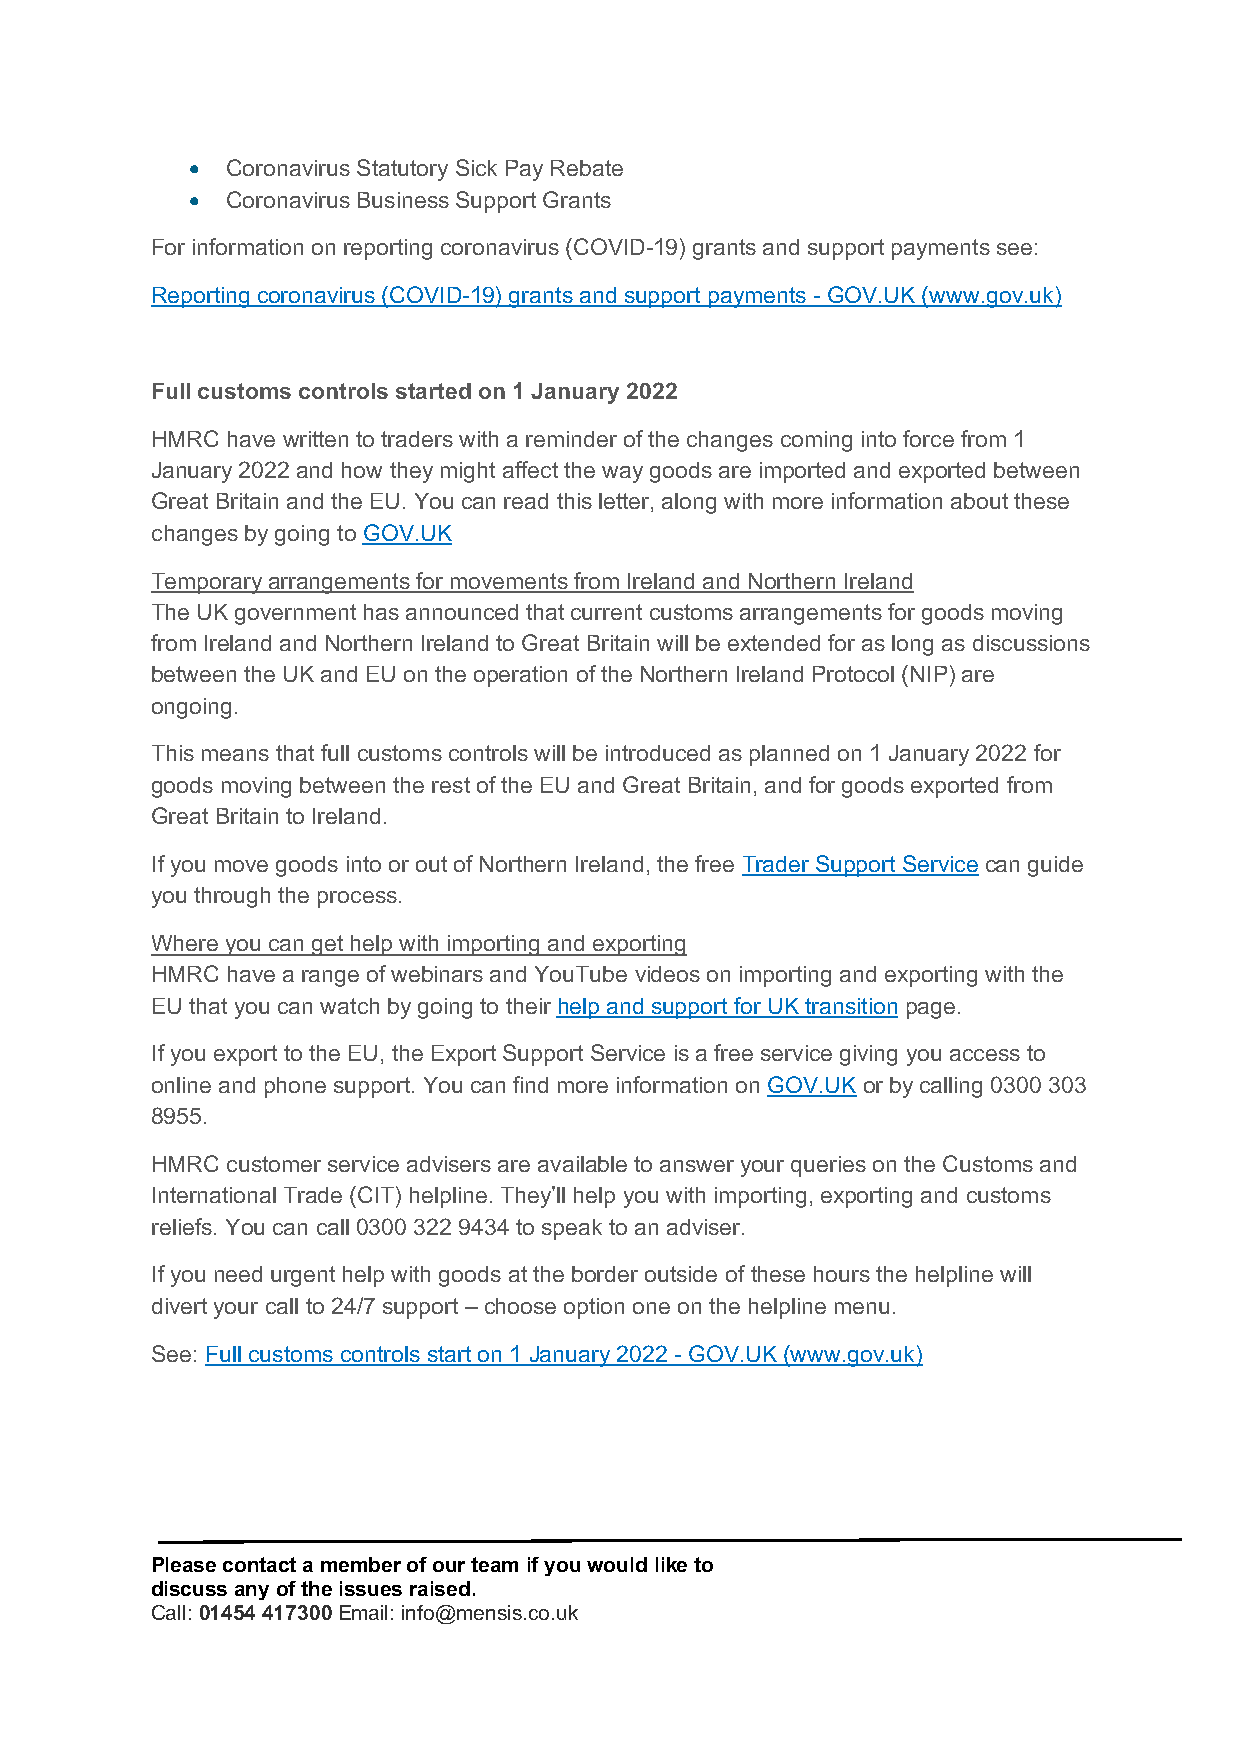
•  Coronavirus Statutory Sick Pay Rebate
 •  Coronavirus Business Support Grants
 For information on reporting coronavirus (COVID-19) grants and support payments see:
 Reporting coronavirus (COVID-19) grants and support payments - GOV.UK (www.gov.uk)
 Full customs controls started on 1 January 2022
 HMRC have written to traders with a reminder of the changes coming into force from 1
 January 2022 and how they might affect the way goods are imported and exported between
 Great Britain and the EU. You can read this letter, along with more information about these
 changes by going to GOV.UK
 Temporary arrangements for movements from Ireland and Northern Ireland
 The UK government has announced that current customs arrangements for goods moving
 from Ireland and Northern Ireland to Great Britain will be extended for as long as discussions
 between the UK and EU on the operation of the Northern Ireland Protocol (NIP) are
 ongoing.
 This means that full customs controls will be introduced as planned on 1 January 2022 for
 goods moving between the rest of the EU and Great Britain, and for goods exported from
 Great Britain to Ireland.
 If you move goods into or out of Northern Ireland, the free Trader Support Service can guide
 you through the process.
 Where you can get help with importing and exporting
 HMRC have a range of webinars and YouTube videos on importing and exporting with the
 EU that you can watch by going to their help and support for UK transition page.
 If you export to the EU, the Export Support Service is a free service giving you access to
 online and phone support. You can find more information on GOV.UK or by calling 0300 303
 8955.
 HMRC customer service advisers are available to answer your queries on the Customs and
 International Trade (CIT) helpline. They’ll help you with importing, exporting and customs
 reliefs. You can call 0300 322 9434 to speak to an adviser.
 If you need urgent help with goods at the border outside of these hours the helpline will
 divert your call to 24/7 support – choose option one on the helpline menu.
 See: Full customs controls start on 1 January 2022 - GOV.UK (www.gov.uk)
 Please contact a member of our team if you would like to
 discuss any of the issues raised.
 Call: 01454 417300 Email: info@mensis.co.uk